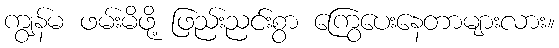
ကျွန်မ ဖမ်းမိဖို့ ဖြည်းညင်းစွာ ကြွေပေးနေတာများလား။